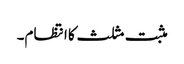
مثبت مثلث کا انتظام۔